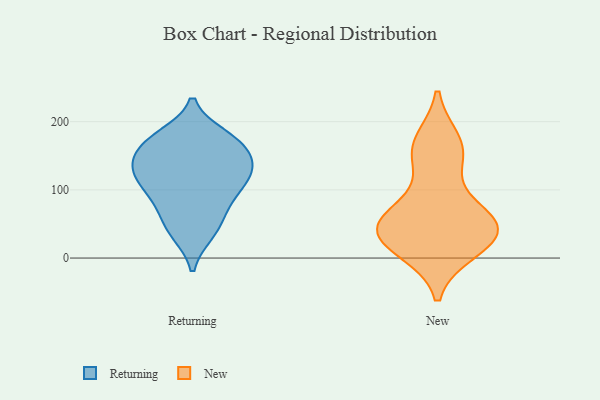
{"axis": {"x": "Churn Rate (%)", "y": "Value"}, "legend": ["New", "Returning"], "data": [{"x": "", "y": 68, "type": "Returning"}, {"x": "", "y": 131, "type": "Returning"}, {"x": "", "y": 100, "type": "Returning"}, {"x": "", "y": 97, "type": "Returning"}, {"x": "", "y": 36, "type": "Returning"}, {"x": "", "y": 166, "type": "Returning"}, {"x": "", "y": 165, "type": "Returning"}, {"x": "", "y": 127, "type": "Returning"}, {"x": "", "y": 143, "type": "Returning"}, {"x": "", "y": 179, "type": "Returning"}, {"x": "", "y": 173, "type": "Returning"}, {"x": "", "y": 118, "type": "Returning"}, {"x": "", "y": 93, "type": "Returning"}, {"x": "", "y": 133, "type": "Returning"}, {"x": "", "y": 36, "type": "Returning"}, {"x": "", "y": 59, "type": "Returning"}, {"x": "", "y": 132, "type": "Returning"}, {"x": "", "y": 174, "type": "Returning"}, {"x": "", "y": 157, "type": "New"}, {"x": "", "y": 46, "type": "New"}, {"x": "", "y": 38, "type": "New"}, {"x": "", "y": 64, "type": "New"}, {"x": "", "y": 169, "type": "New"}, {"x": "", "y": 150, "type": "New"}, {"x": "", "y": 36, "type": "New"}, {"x": "", "y": 13, "type": "New"}, {"x": "", "y": 21, "type": "New"}, {"x": "", "y": 44, "type": "New"}, {"x": "", "y": 66, "type": "New"}]}